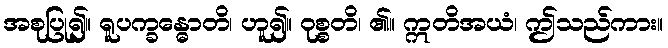
အစုပြု၍။ ရူပက္ခန္ဓောတိ၊ ဟူ၍။ ဝုစ္စတိ၊ ၏။ ဣတိအယံ၊ ဤသည်ကား။